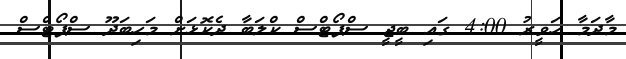
މާދަމާ ހަވީރު 4:00 ގައި ބީޖީ ސްޕޯޓްސް ކްލަބާ ދެކޮޅަށް މަހިބަދޫ ސްޕޯޓްސް